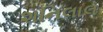
શનિલાલ